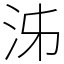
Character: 泲